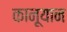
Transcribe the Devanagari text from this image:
कानूयान